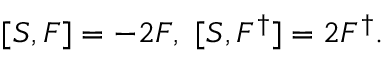
[ S , F ] = - 2 F , \thinspace \thinspace [ S , F ^ { \dagger } ] = 2 F ^ { \dagger } .